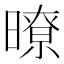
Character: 暸